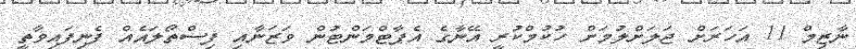
ނާޒިމް 11 އަހަރަށް ޖަލަށްލުމަށް ހުކުމްކުރީ އޭނާގެ އެޕާޓްމަންޓުން ވަޒަނާއި ފިސްތޯލައެއް ފެނިފައިވާތީ